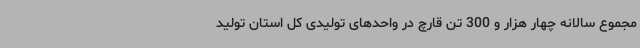
مجموع سالانه چهار هزار و 300 تن قارچ در واحدهای تولیدی کل استان تولید